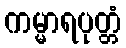
ကမ္မာရပုတ္တံ